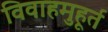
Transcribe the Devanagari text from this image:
विवाहमुहूर्त